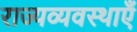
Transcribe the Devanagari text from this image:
राज्यव्यवस्थाएँ